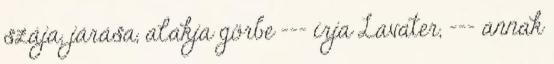
szája, járása, alakja görbe --- írja Lavater, --- annak